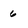
Character: 6